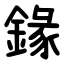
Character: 䤸